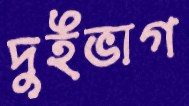
দুইভাগ